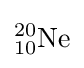
{}_{10}^{20}{\textrm {Ne}}